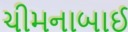
ચીમનાબાઈ